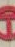
T